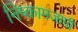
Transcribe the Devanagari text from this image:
निष्कामजापी